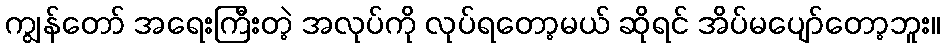
ကျွန်တော် အရေးကြီးတဲ့ အလုပ်ကို လုပ်ရတော့မယ် ဆိုရင် အိပ်မပျော်တော့ဘူး။